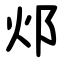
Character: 邩